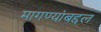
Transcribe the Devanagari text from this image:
मागण्यांबद्दल